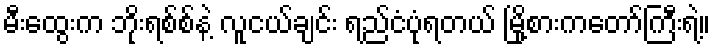
မီးထွေးက ဘိုးရစ်စ်နဲ့ လူငယ်ချင်း ရည်ငံပုံရတယ် မြို့စားကတော်ကြီးရဲ့။